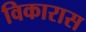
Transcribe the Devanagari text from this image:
विकारास